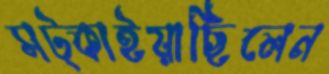
সট্‌কাইয়াছিলেন